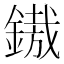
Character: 𨪠